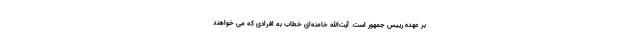
بر عهده رییس جمهور است. آیت‌الله خامنه‌ای خطاب به افرادی که می خواهند